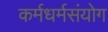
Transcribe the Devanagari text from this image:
कर्मधर्मसंयोग